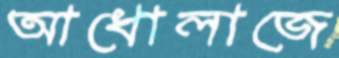
আধোলাজে